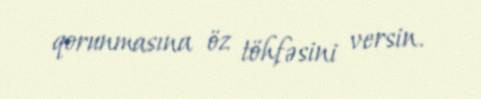
qorunmasına öz töhfəsini versin.